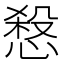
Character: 𢞒